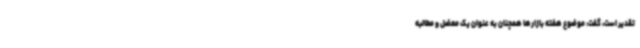
تقدیر است، گفت: موضوع هفته بازارها همچنان به عنوان یک معضل و مطالبه